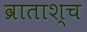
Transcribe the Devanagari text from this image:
व्राताश्च